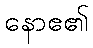
နောဧ၏